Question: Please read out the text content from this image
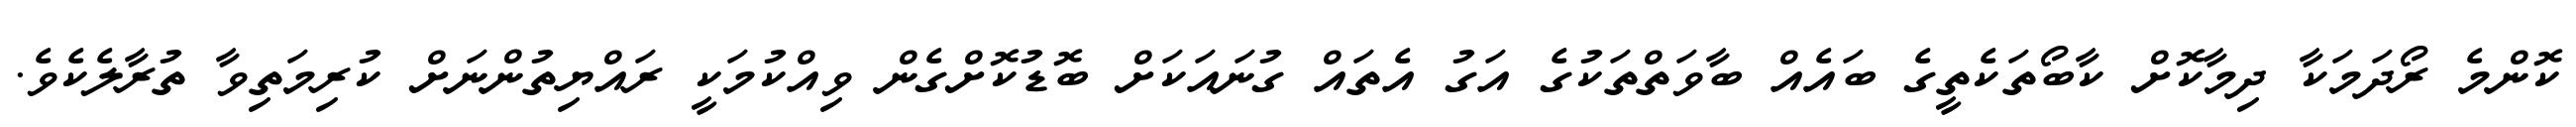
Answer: ކޮންމެ ރޯދަމަކާ ދިމާކޮށް ކާބޯތަކެތީގެ ބައެއް ބާވަތްތަކުގެ އަގު އެތައް ގުނައަކަށް ބޮޑުކޮށްގެން ވިއްކުމަކީ ރައްޔިތުންނަށް ކުރިމަތިވާ ތުރާލެކެވެ.